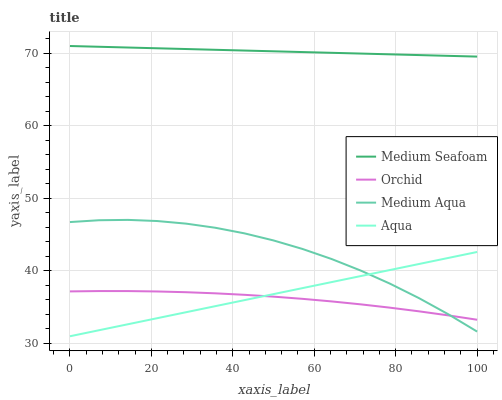
| xaxis_label | Medium Seafoam | Orchid | Medium Aqua | Aqua |
 | --- | --- | --- | --- | --- |
 | 0 | 71 | 37.2 | 46.7 | 31 |
 | 7.14 | 70.9 | 37.2 | 47 | 31.8 |
 | 14.3 | 70.8 | 37.2 | 47 | 32.7 |
 | 21.4 | 70.7 | 37.2 | 46.9 | 33.5 |
 | 28.6 | 70.6 | 37.1 | 46.5 | 34.3 |
 | 35.7 | 70.5 | 36.9 | 46 | 35.1 |
 | 42.9 | 70.4 | 36.7 | 45.2 | 36 |
 | 50 | 70.3 | 36.5 | 44.2 | 36.8 |
 | 57.1 | 70.2 | 36.2 | 43 | 37.6 |
 | 64.3 | 70.1 | 35.8 | 41.6 | 38.5 |
 | 71.4 | 70 | 35.4 | 40 | 39.3 |
 | 78.6 | 69.9 | 34.9 | 38.3 | 40.1 |
 | 85.7 | 69.8 | 34.4 | 36.3 | 41 |
 | 92.9 | 69.6 | 33.9 | 34.1 | 41.8 |
 | 100 | 69.5 | 33.3 | 31.6 | 42.6 |